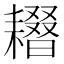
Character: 𦔢